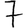
Digit: 7